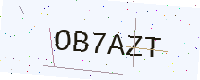
Text: OB7AZT